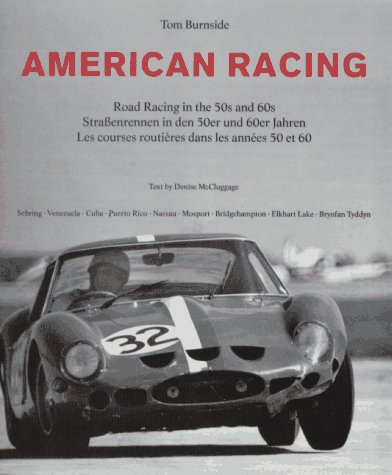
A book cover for American Racing: Portrait of the 50s and 60s; Tom (Photographs) Burnside; Engineering & Transportation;